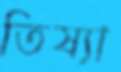
তিষ্যা